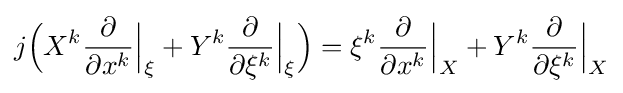
j{\Big (}X^{k}{\frac {\partial }{\partial x^{k}}}{\Big |}_{\xi }+Y^{k}{\frac {\partial }{\partial \xi ^{k}}}{\Big |}_{\xi }{\Big )}=\xi ^{k}{\frac {\partial }{\partial x^{k}}}{\Big |}_{X}+Y^{k}{\frac {\partial }{\partial \xi ^{k}}}{\Big |}_{X}